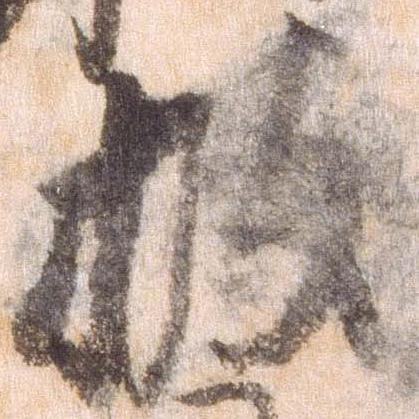
披